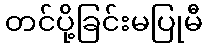
တင်ပို့ခြင်းမပြုမီ